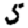
Digit: 5